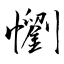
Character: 懰